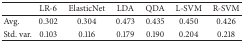
<table><thead><tr><td><b> </b></td><td><b>LR-6</b></td><td><b>ElasticNet</b></td><td><b>LDA</b></td><td><b>QDA</b></td><td><b>L-SVM</b></td><td><b>R-SVM</b></td></tr></thead><tbody><tr><td>Avg.</td><td>0.302</td><td>0.304</td><td>0.473</td><td>0.435</td><td>0.450</td><td>0.426</td></tr><tr><td>Std. var.</td><td>0.103</td><td>0.116</td><td>0.179</td><td>0.190</td><td>0.204</td><td>0.218</td></tr></tbody></table>